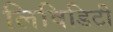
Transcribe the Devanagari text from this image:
लिविडिटी